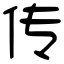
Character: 传